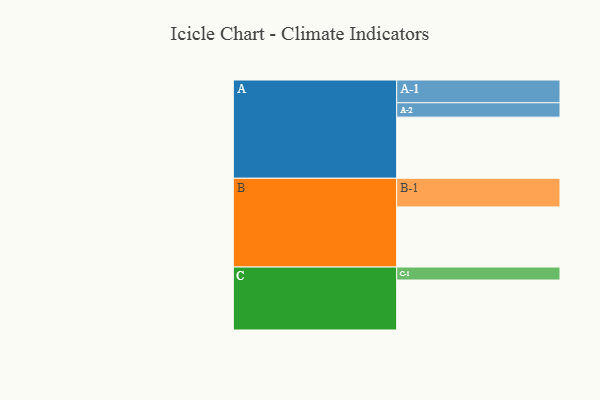
{"axis": {"x": "Segment", "y": "Value"}, "legend": ["", "A", "B", "C"], "data": [{"x": "A", "y": 438, "type": ""}, {"x": "B", "y": 431, "type": ""}, {"x": "C", "y": 358, "type": ""}, {"x": "A-1", "y": 163, "type": "A"}, {"x": "A-2", "y": 103, "type": "A"}, {"x": "B-1", "y": 205, "type": "B"}, {"x": "C-1", "y": 93, "type": "C"}]}